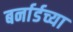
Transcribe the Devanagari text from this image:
बर्नार्डच्या